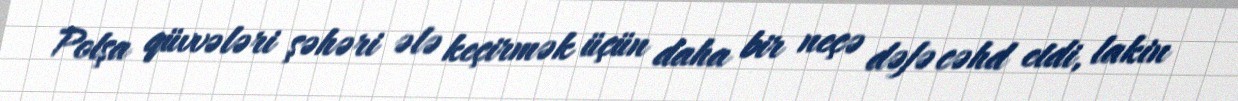
Polşa qüvvələri şəhəri ələ keçirmək üçün daha bir neçə dəfə cəhd etdi, lakin